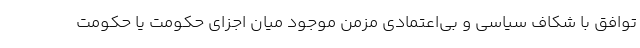
توافق با شکاف سیاسی و بی‌اعتمادی مزمن موجود میان اجزای حکومت یا حکومت